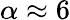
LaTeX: \alpha\approx 6